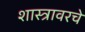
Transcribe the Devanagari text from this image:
शास्त्रावरचे